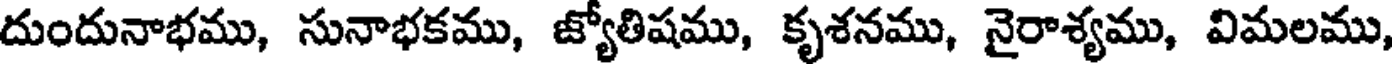
దుందునాభము, సునాభకము, జ్యోతిషము, కృశనము, నైరాశ్యము, విమలము,